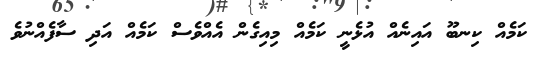
ކަމެއް ކިނބޫ އައިނެއް އުޅެނީ ކަމެއް މިއިގެން އެއްވެސް ކަމެއް އަދި ސާފެއްނުވެ